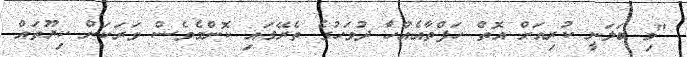
"މި ބަލަނީ ކުރިއަށް އޮތް ހަފްތާއެއްހާ ދުވަހުގެ ތެރޭގައި ކޮންމެވެސް ވަރަކަށް ކިޔޫތައް